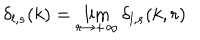
\delta _ { l , s } ( k ) = \lim _ { r \rightarrow + \infty } \delta _ { l , s } ( k , r )